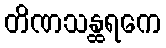
တိဏသန္ထရကေ